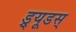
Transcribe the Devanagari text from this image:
ड्र्यूडस्